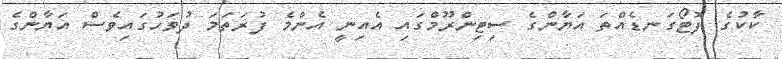
ކާކުގެ ފޮޓޯގަނޑެއްތަ އަޔާންގެ ސިޓިންރޫމްގައި އެއިނީ އެންމެ ފުރަތަމަ ދުވަހުގައިވެސް އަޔާންގެ